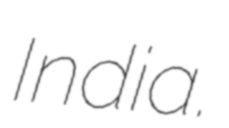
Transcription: India.